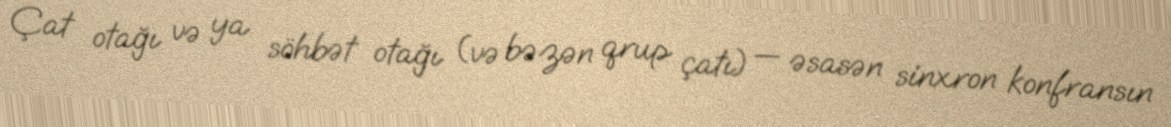
Çat otağı və ya söhbət otağı (və bəzən qrup çatı) — əsasən sinxron konfransın